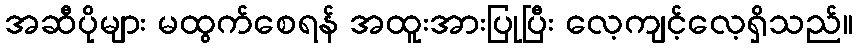
အဆီပိုများ မထွက်စေရန် အထူးအားပြုပြီး လေ့ကျင့်လေ့ရှိသည်။